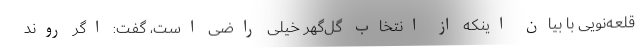
قلعه‌نویی با بیان اینکه از انتخاب گل‌گهر خیلی راضی است، گفت: اگر روند